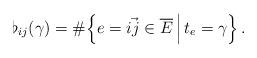
LaTeX: \begin{align*} \flat_{ij}(\gamma)=\#\Big\{e=\vec{ij}\in \overline{E} \,\Big|\, t_e=\gamma\Big\} \,.\end{align*}